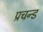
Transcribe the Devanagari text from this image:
प्रचन्ड